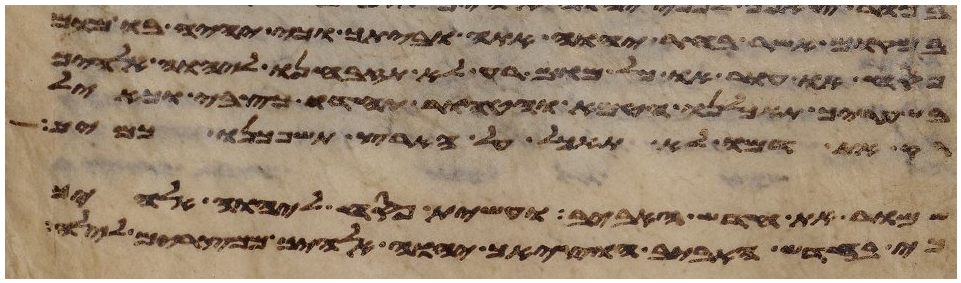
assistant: במקום אשר בחר יהוה אתה וביתך וכי יהיה בו מום
פסח או עור או כל מום רע לא תזבחנו ליהוה אלהיך
בשעריך תאכלנו הטמא והטהור יחדו כצבי וכאיל
רק את דמו לא תאכל על הארץ תשפכנו כמים
שמור את חדש האביב ועשית פסח ליהוה אלהיך
כי בחדש האביב הוציאך יהוה אלהיך ממצרים לילה